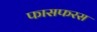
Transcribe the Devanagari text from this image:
फासफरस